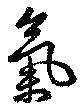
気